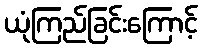
ယုံကြည်ခြင်းကြောင့်